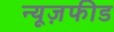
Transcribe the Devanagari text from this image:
न्यूज़फीड